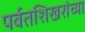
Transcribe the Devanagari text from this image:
पर्वतशिखरांच्या